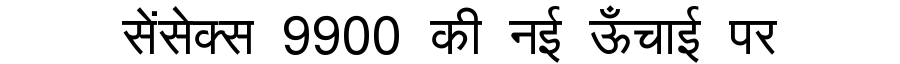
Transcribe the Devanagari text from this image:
सेंसेक्स 9900 की नई ऊँचाई पर